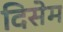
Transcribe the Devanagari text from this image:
दिसेम